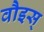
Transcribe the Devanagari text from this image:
वौइस्